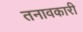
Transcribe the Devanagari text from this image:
तनावकारी